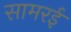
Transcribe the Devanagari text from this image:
सामरई